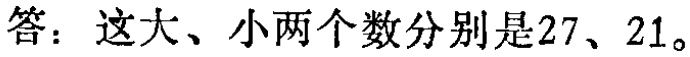
答：这大、小两个数分别是\(27\)、\(21\)。